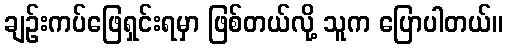
ချဉ်းကပ်ဖြေရှင်းရမှာ ဖြစ်တယ်လို့ သူက ပြောပါတယ်။